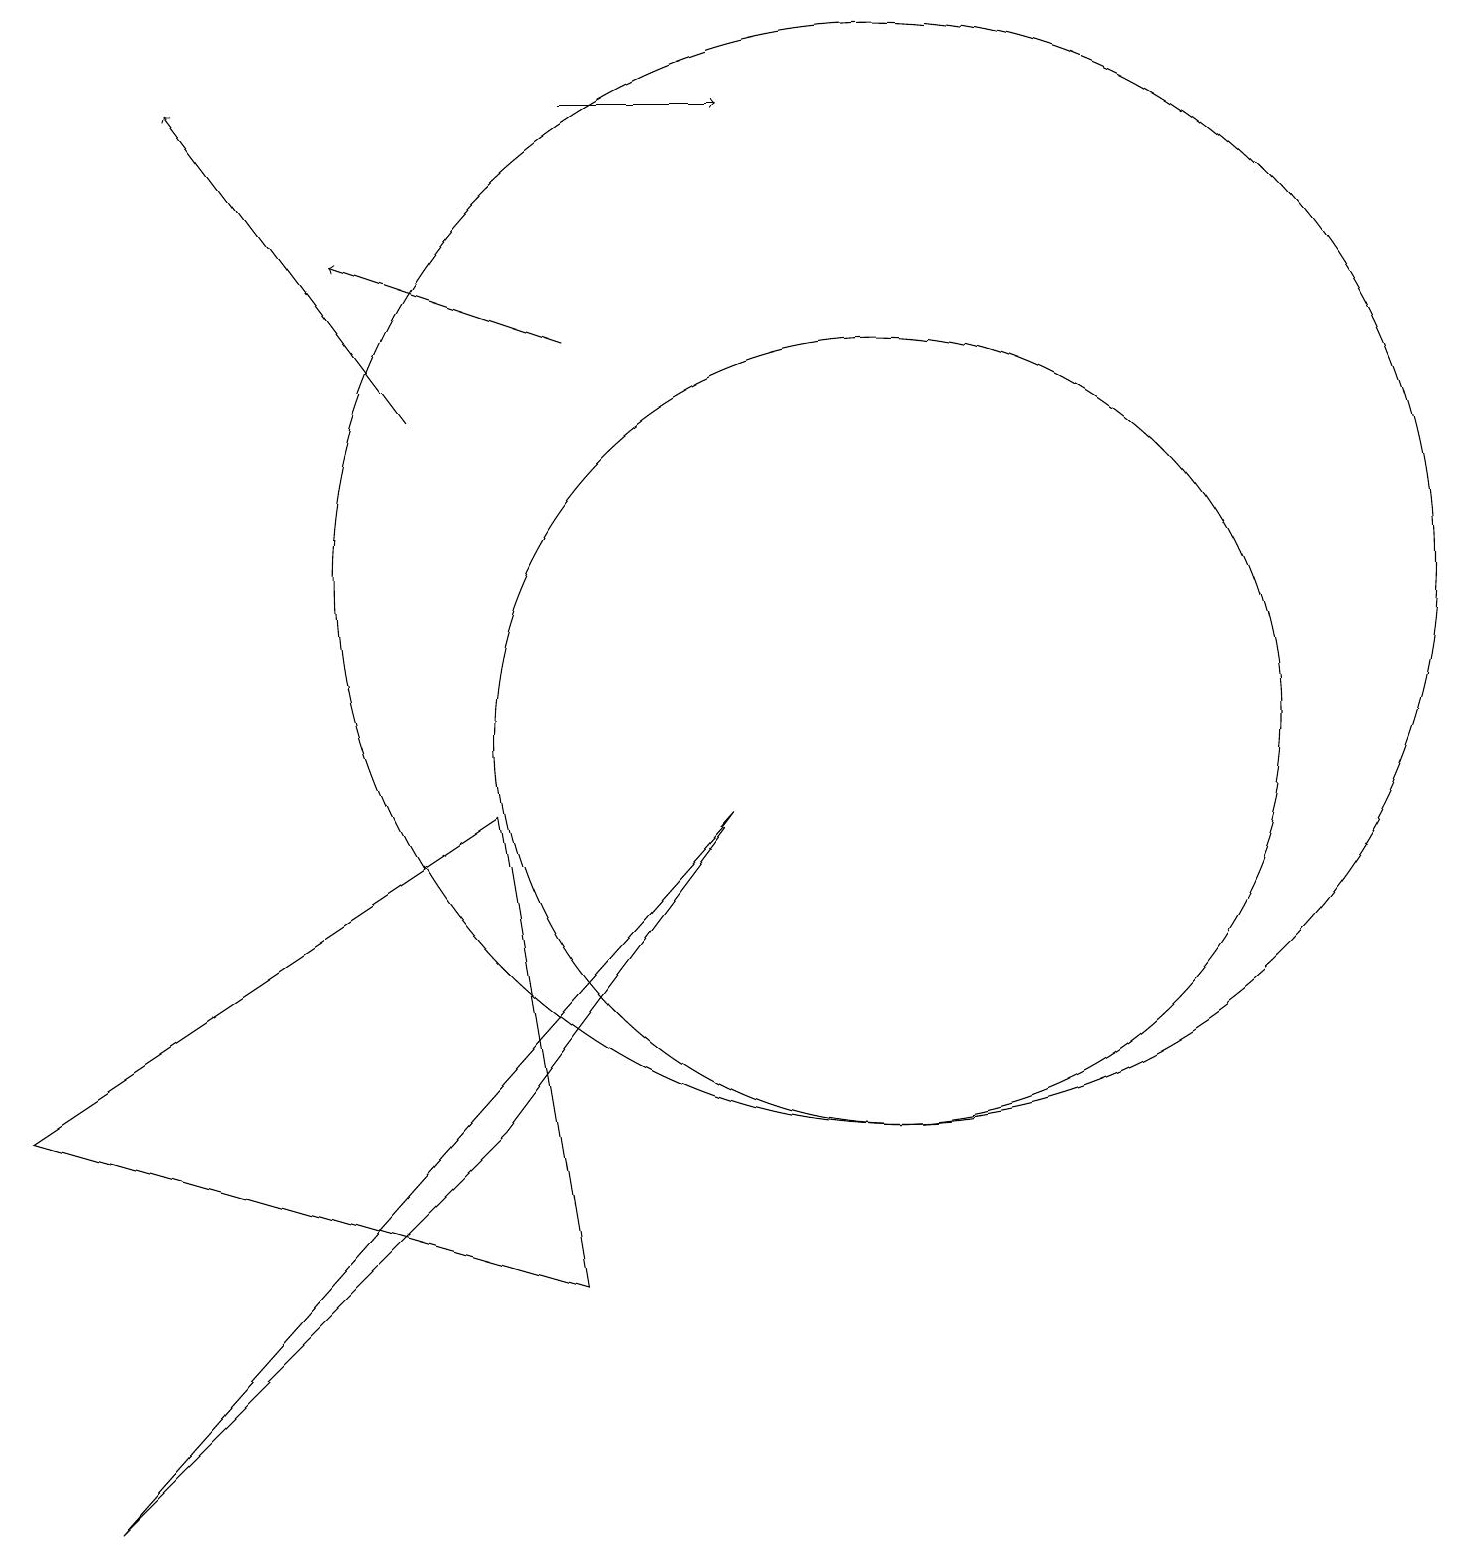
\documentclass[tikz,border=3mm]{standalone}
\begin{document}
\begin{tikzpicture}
\draw (11,10) circle (5);
\draw[->] (7,15) -- (4,16);
\draw (0,5) -- (6,9) -- (7,3) -- cycle;
\draw (6,5) -- (1,0) -- (9,9) -- cycle;
\draw[->] (7,18) -- (9,18);
\draw (11,12) circle (7);
\draw[->] (5,14) -- (2,18);
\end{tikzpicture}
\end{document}